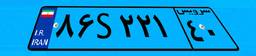
۴۵S۵۵۳۷۷